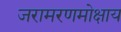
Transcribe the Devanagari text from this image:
जरामरणमोक्षाय